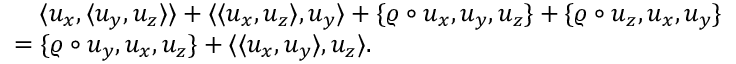
\begin{array} { r l } & { \quad \langle u _ { x } , \langle u _ { y } , u _ { z } \rangle \rangle + \langle \langle u _ { x } , u _ { z } \rangle , u _ { y } \rangle + \{ \varrho \circ u _ { x } , u _ { y } , u _ { z } \} + \{ \varrho \circ u _ { z } , u _ { x } , u _ { y } \} } \\ & { = \{ \varrho \circ u _ { y } , u _ { x } , u _ { z } \} + \langle \langle u _ { x } , u _ { y } \rangle , u _ { z } \rangle . } \end{array}